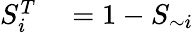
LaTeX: \begin{array}{rl}{S_{i}^{T}}&{{}=1-S_{\sim i}}\end{array}